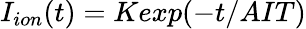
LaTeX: I_{ion}(t)=Kexp(-t/AIT)